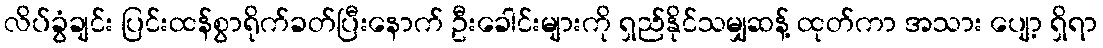
လိပ်ခွံချင်း ပြင်းထန်စွာရိုက်ခတ်ပြီးနောက် ဦးခေါင်းများကို ရှည်နိုင်သမျှဆန့် ထုတ်ကာ အသား ပျော့ ရှိရာ